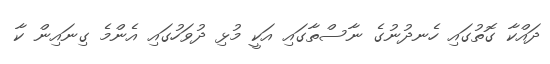
ދައްކާ ގޮތުގައި ހެނދުނުގެ ނާސްތާގައި އަކީ މުޅި ދުވަހުގައި އެންމެ ގިނައިން ކާ